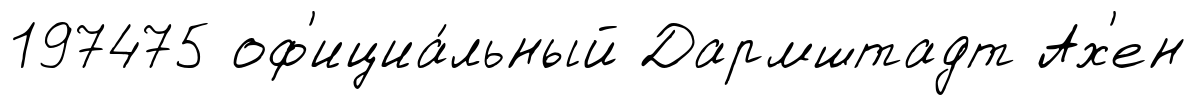
197475 оф'ициа́льный Дармштадт Ах'ен